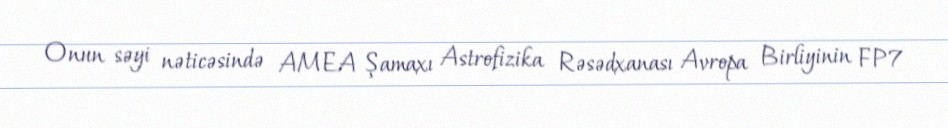
Onun səyi nəticəsində AMEA Şamaxı Astrofizika Rəsədxanası Avropa Birliyinin FP7